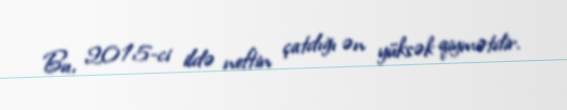
Bu, 2015-ci ildə neftin çatdığı ən yüksək qiymətdir.